Janeda_(Ambla)_vallavalitsus, lk 56
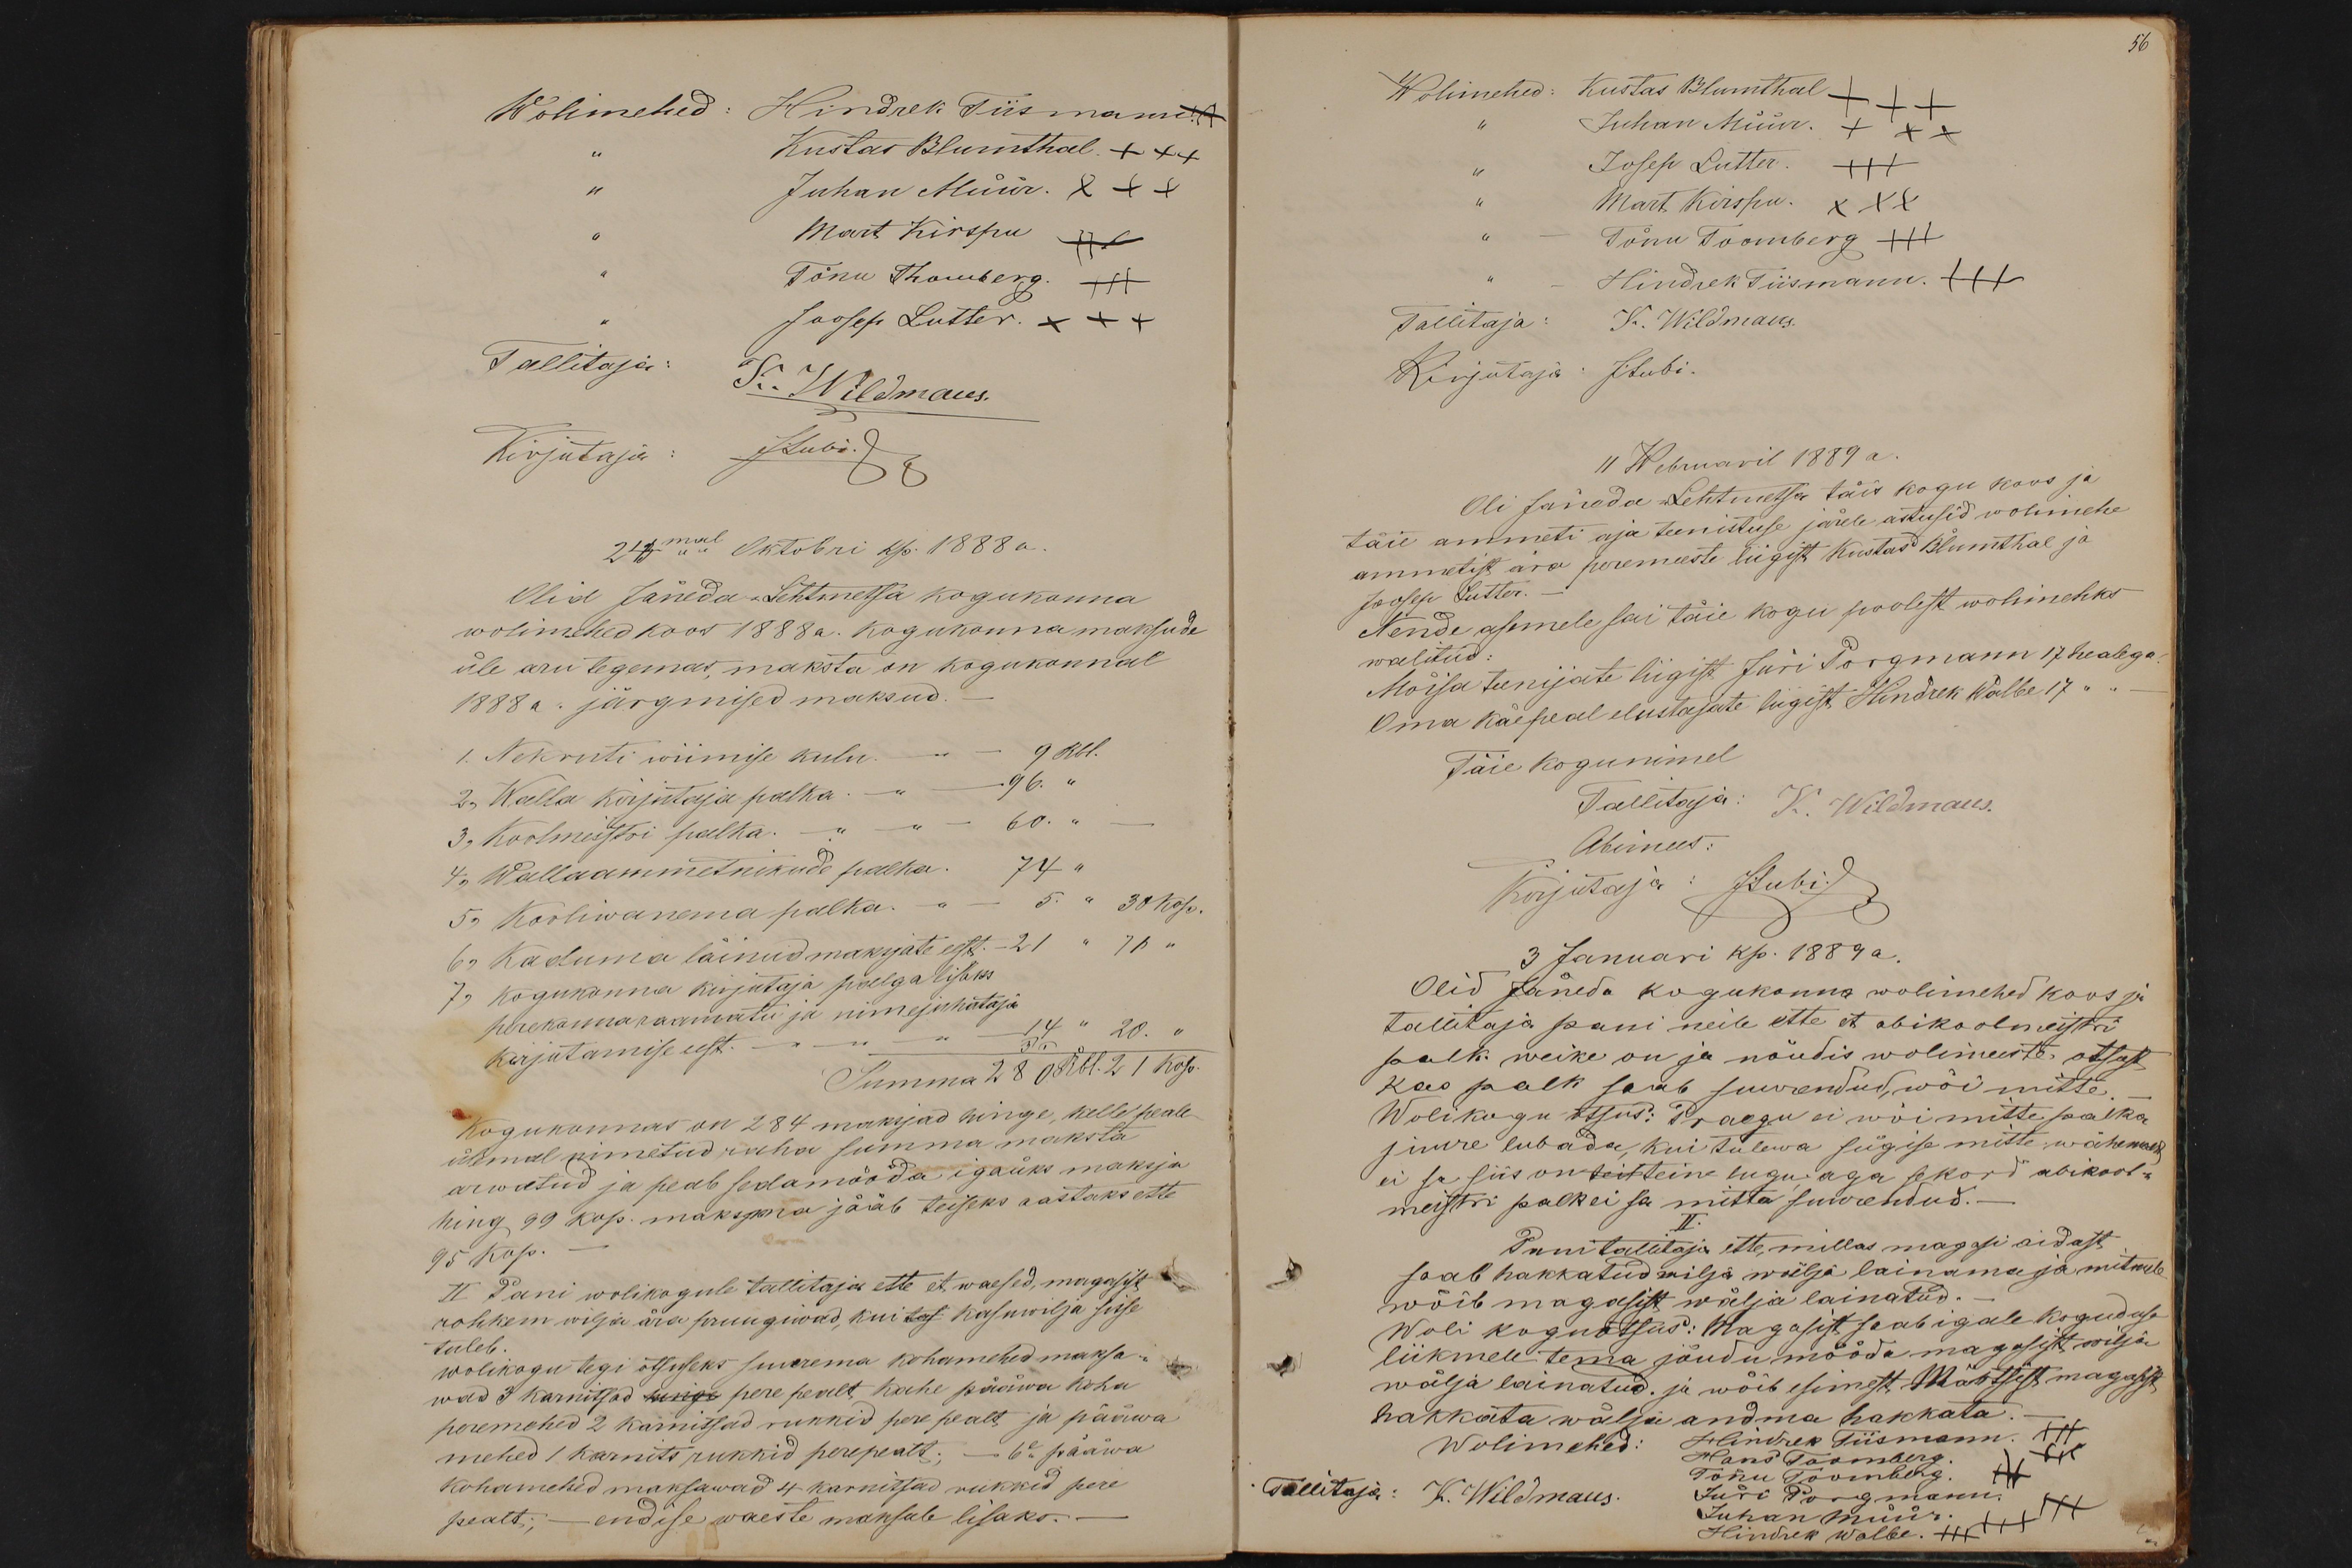
Wolimehed: Hindrek Tiismann X
Kustas Blumthal +++
" Juhan Müür. +++
Mart Kirspu +++
Tõnu Thomberg. +++
Joosep Lutter. +++
Tallitaja: K. Wildmaus.
Kirjutaja: JLubi.
24mal Oktobri kp. 1888 a.
Olid Jäneda-Lehtmetsa kogukonna
wolimehed koos 1888a. kogukonna maksude
üle aru tegemas, maksta on kogukonnal
1888 a. järgmised maksud.
1. Nekruti wiimise kulu. - " - 9 Rbl.
2, Walla kirjutaja palka. -" - 96. "
3, Koolmeistri palka. -" - 60. " -
4, Wallaammetnikude palka. 74 "
5, Kooliwanema palka. - " - 5. " 30 kop.
6, Kaduma läinud maksjate eest. - 21 " 71 "
7, Kogukonna kirjutaja palga lisaks
perekonnaraamatu ja nimejuhataja
kirjutamise eest. -" - 14 " 20. "
Summa 280Rbl. 21 kop.
Kogukonnas on 284 maksjad hinge, kelle peale
ülemal nimetud raha summa maksta
arwatud ja peab sedamööda igaüks maksja
hing 99 kop. maksma jääb teiseks aastaks ette
95 kop.
II Pani wolikogule tallitaja ette et waesed, magasist
rohkem wilja ära pruugiwad, kui tas kasuwilja sisse
tuleb.
wolikogu tegi otsuseks suurema kohamehed maksa-
wad 3 karnitsad hinge pere pealt, kahe pääwa koha
peremehed 2 karnitsad rukkid pere pealt ja pääwa
mehed 1 karnits rukkid perepealt; - 6e pääwa
kohamehed maksawad 4 karnitsad rukkid pere
pealt; - endise waeste maksule lisaks. -

56
Wolimehed: Kustas Blumthal +++
Juhan Müür. +++
" Josep Lutter. +++
" Mart Kirspu. XXX
" - Tõnu Toomberg +++
" - Hindrek Tiismann +++
Tallitaja: K. Wildmaus.
Kirjutaja: J.Lubi.
11 Webruaril 1889 a
Oli Jäneda-Lehtmetsa täis kogu koos ja
täie ammeti aja teenistuse järele astusid wolimehe
ammetist ära peremeeste liigist Kustas Blumthal ja
Joosep Lutter. -
Nende asemele sai täie kogu poolest wolimehks
walitud:
Mõisa teenijate liigist Jüri Porgmann 17 healega.
Oma käepeal elustajate liigist Hindrek Walbe 17 " " -
Täie kogunimel
Tallitaja: K. Wildmaus.
Abimees:
Kirjutaja: JLubi.
3 Januari kp. 1889 a.
Olid Jäneda kogukonna wolimehed koos ja
tallitaja pani neile ette et abikoolmeistri
palk weike on ja nõudis wolimeeste otsust
kas palk saab suurendud, wõi mitte
Wolikogu otsus: Praegu ei wõi mitte palka
juure lubada, kui tulewa sügise mitte wähem
ei sa siis on teit teine lugu, aga sekord abikool-
meistri palk ei sa mitte suurendud. -
Pani tallitaja ette, millas magasi aidast
saab hakkatud wilja wälja lainamaja mitmele
wõib magasist wälja lainatud. -
Woli koguotsus: Magasist saab igale koguduse
liikmele tema jõudu mööda magasist wilja
wälja lainatud. ja wõib esimest Märtsist magasist,
hakkata wälja andma hakkata.
Hindrek Tiismann. +++
Wolimehed:
Hans Toomberg. +++
Tõnu Toomberg. +++
Jüri Porgmann. +++
Tallitaja: K. Wildmaus.
Juhan Müür. +++
Hindrek Walbe. +++